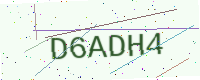
Text: D6ADH4